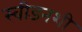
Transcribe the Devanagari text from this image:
स्वीडनशी